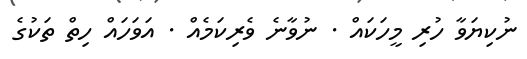
ނުކިޔަވާ ހުރި މީހަކައް . ނުވާނެ ވެރިކަމެއް . އަވަހައް ހިތް ތަކުގެ